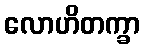
လောဟိတက္ခာ